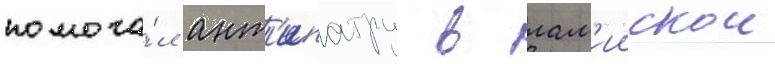
помога́л ант'ипатру в лам'иискои